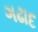
ગઢાદ